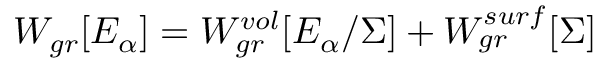
W _ { g r } [ E _ { \alpha } ] = W _ { g r } ^ { v o l } [ E _ { \alpha } / \Sigma ] + W _ { g r } ^ { s u r f } [ \Sigma ]